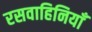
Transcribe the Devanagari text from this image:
रसवाहिनियाँ